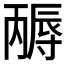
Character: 𡭃